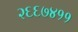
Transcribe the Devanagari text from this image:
२६६७४११